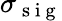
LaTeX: \sigma_{\mathrm{~s~i~g~}}